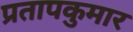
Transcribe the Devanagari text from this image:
प्रतापकुमार